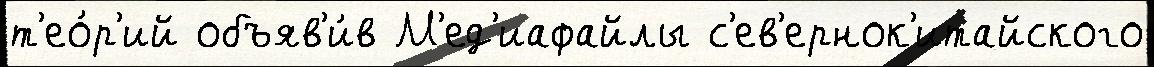
т'ео́р'ий объяв'и́в М'ед'иафайлы с'ев'ернок'итайского